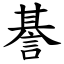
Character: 諅